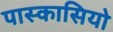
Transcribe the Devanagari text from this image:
पास्कासियो